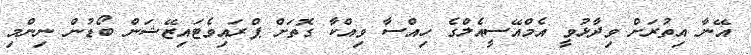
އޭނާ އިތުރަށް ވިދާޅުވީ އެމްއޭސީއެލްގެ ހިއްސާ ވިއްކާ ގޮތަށް ޕްރައިވެޓައިޒޭޝަން ބޯޑުން ނިންމި